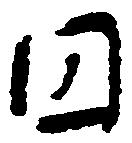
円